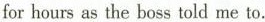
for hours as the boss told me to.